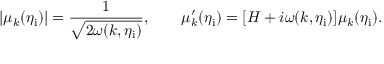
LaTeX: | \mu _ { k } ( \eta _ { \mathrm { i } } ) | = \frac { 1 } { \sqrt { 2 \omega ( k , \eta _ { \mathrm { i } } ) } } , \qquad \mu _ { k } ^ { \prime } ( \eta _ { \mathrm { i } } ) = [ { \cal H } + i \omega ( k , \eta _ { \mathrm { i } } ) ] \mu _ { k } ( \eta _ { \mathrm { i } } ) .